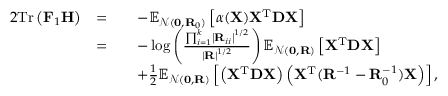
\begin{array} { r l r l } { { 2 } \mathrm { T r } \left( \mathbf { F } _ { 1 } \mathbf { H } \right) } & { = } & & { - \mathbb { E } _ { \mathcal { N } ( \mathbf { 0 } , \mathbf { R } _ { 0 } ) } \left[ \alpha ( \mathbf { X } ) \mathbf { X } ^ { \mathrm { T } } \mathbf { D } \mathbf { X } \right] } \\ & { = } & & { - \log \left( \frac { \prod _ { i = 1 } ^ { k } \left| \mathbf { R } _ { i i } \right| ^ { 1 / 2 } } { \left| \mathbf { R } \right| ^ { 1 / 2 } } \right) \mathbb { E } _ { \mathcal { N } ( \mathbf { 0 } , \mathbf { R } ) } \left[ \mathbf { X } ^ { \mathrm { T } } \mathbf { D } \mathbf { X } \right] } \\ & { } & & { + \frac { 1 } { 2 } \mathbb { E } _ { \mathcal { N } ( \mathbf { 0 } , \mathbf { R } ) } \left[ \left( \mathbf { X } ^ { \mathrm { T } } \mathbf { D } \mathbf { X } \right) \left( \mathbf { X } ^ { \mathrm { T } } ( \mathbf { R } ^ { - 1 } - \mathbf { R } _ { 0 } ^ { - 1 } ) \mathbf { X } \right) \right] , } \end{array}